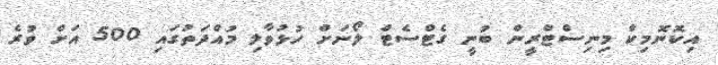
އިކޮނޮމިކް މިނިސްޓްރީން ބުނީ ގެޓްސެޓް ލޯނަށް ހުޅުވާލި މުއްދަތުގައި 500 އަށް ވުރެ